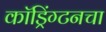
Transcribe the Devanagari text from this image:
कॉड्रिंग्टनचा